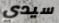
سيدي